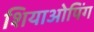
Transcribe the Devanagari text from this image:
शियाओपिंग